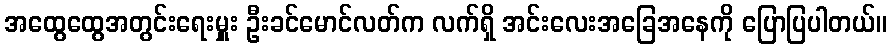
အထွေထွေအတွင်းရေးမှူး ဦးခင်မောင်လတ်က လက်ရှိ အင်းလေးအခြေအနေကို ပြောပြပါတယ်။